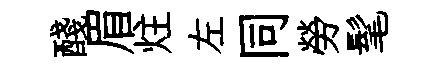
醆眉炷左同勞髦